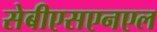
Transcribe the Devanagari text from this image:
सेबीएसएनएल